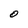
Character: O